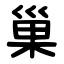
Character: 巢